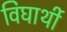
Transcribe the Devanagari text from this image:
विघार्थी